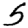
Digit: 5